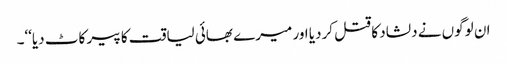
ان لوگوں نے دلشاد کا قتل کردیا اور میرے بھائی لیاقت کا پیر کاٹ دیا‘‘۔